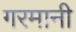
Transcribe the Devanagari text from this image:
गरमानी